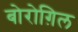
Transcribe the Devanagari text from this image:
बोरोग़िल